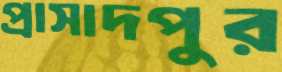
প্রাসাদপুর